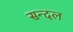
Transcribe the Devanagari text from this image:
सन्दल